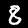
Digit: 8